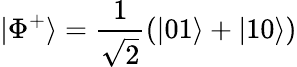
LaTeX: |\Phi^{+}\rangle={\frac{1}{\sqrt{2}}}(|01\rangle+|10\rangle)